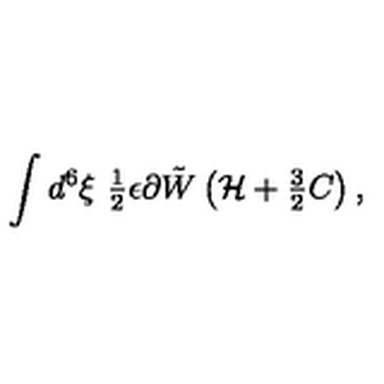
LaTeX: \int d ^ { 6 } \xi \ { \textstyle \frac { 1 } { 2 } } \epsilon \partial \tilde { W } \left( { \cal H } + { \textstyle \frac { 3 } { 2 } } C \right) ,